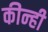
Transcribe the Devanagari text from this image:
कीन्‍ही